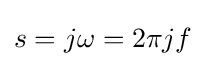
s=j\omega =2\pi jf